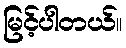
မြင့်ပါတယ်။